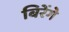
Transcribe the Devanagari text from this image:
बिरेंगे